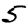
Digit: 5